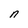
Character: n